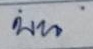
บน